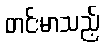
တင်းမာသည့်